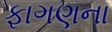
ફાગણના